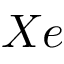
X e